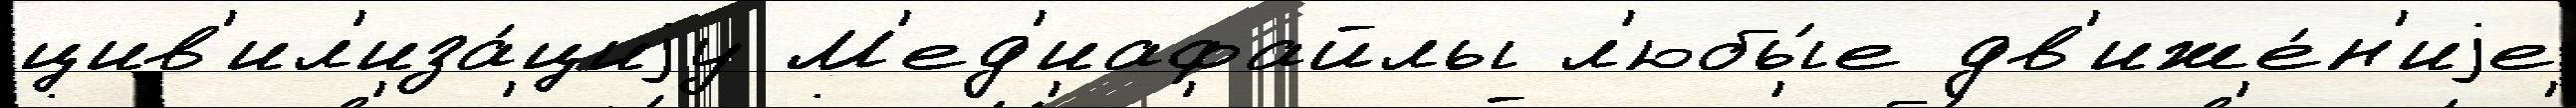
цив'ил'иза́циjу М'ед'иафайлы л'юбы́е дв'иже́н'иjе